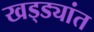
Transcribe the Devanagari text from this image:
खड्ड्यांत